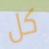
كل